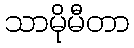
သာမိုမီတာ